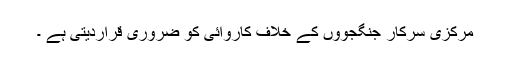
مرکزی سرکار جنگجووں کے خلاف کاروائی کو ضروری قراردیتی ہے ۔